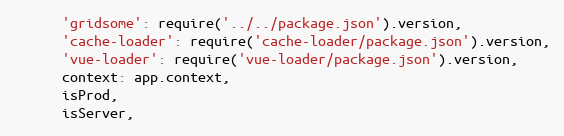
Language: JavaScript
      'gridsome': require('../../package.json').version,
      'cache-loader': require('cache-loader/package.json').version,
      'vue-loader': require('vue-loader/package.json').version,
      context: app.context,
      isProd,
      isServer,